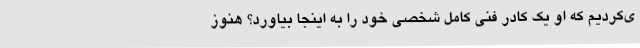
ی‌کردیم که او یک کادر فنی کامل شخصی خود را به اینجا بیاورد؟ هنوز